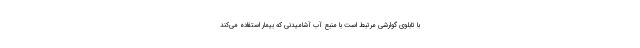
با تابلوی گوارشی مرتبط است با منبع آب آشامیدنی که بیمار استفاده می‌کند